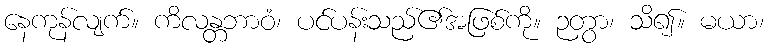
နေကုန်လျက်။ ကိလန္တဘာဝံ၊ ပင်ပန်းသည်၏အဖြစ်ကို။ ဉတွာ၊ သိ၍။ မယာ၊